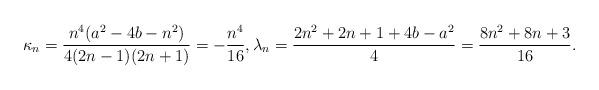
LaTeX: \begin{align*}\kappa_n=\frac{n^4 (a^2 - 4 b - n^2)}{4 (2 n - 1) (2 n + 1)}=-\frac{n^4}{16},\lambda_n=\frac{2 n^2 + 2 n + 1 + 4 b - a^2}{4}=\frac{8 n^2 +8 n + 3}{16}.\end{align*}